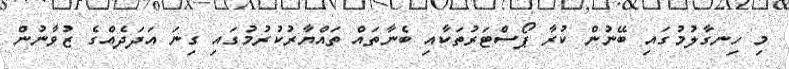
މި ހިނގާލުމުގައި ބޭނުން ކުރާ ޕޯސްޓަރުތަކާއި ބެނާތައް ތައްޔާރުކުރުމުގައި ގިނަ އަދަދެއްގެ ޒުވާނުން